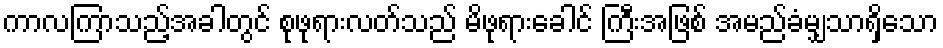
ကာလကြာသည့်အခါတွင် စုဖုရားလတ်သည် မိဖုရားခေါင် ကြီးအဖြစ် အမည်ခံမျှသာရှိသော